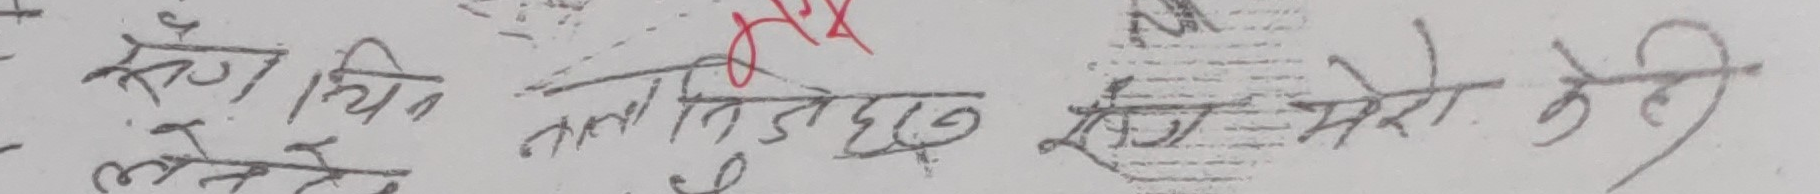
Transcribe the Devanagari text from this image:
कोहि तलाई जितेछन् र मेरो केही